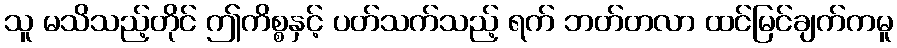
သူ မသိသည့်တိုင် ဤကိစ္စနှင့် ပတ်သက်သည့် ရက် ဘတ်တလာ ထင်မြင်ချက်ကမူ